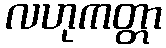
လဟုကတ္တာ